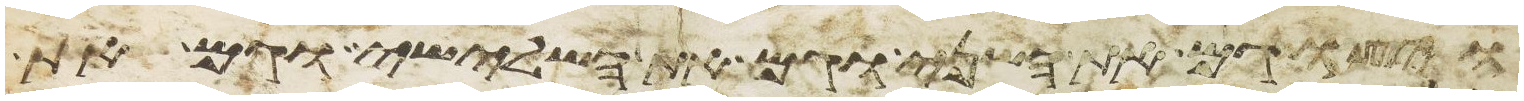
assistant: ויצו גם את השני וגם את השלישי וגם את